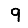
Digit: 9